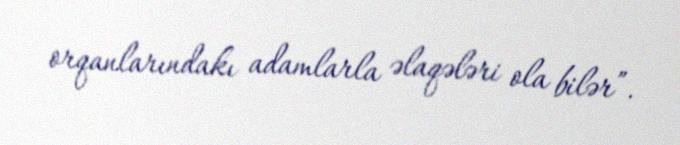
orqanlarındakı adamlarla əlaqələri ola bilər”.